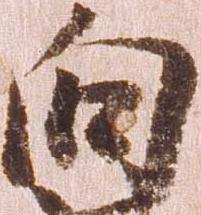
向